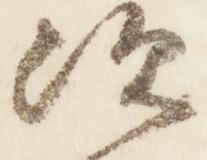
次